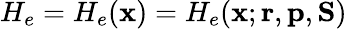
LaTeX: H_{e}=H_{e}(\mathbf{x})=H_{e}(\mathbf{x};{\mathbf{{r}}},{\mathbf{{p}}},{\mathbf{{S}}})